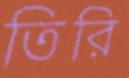
তিরি